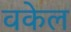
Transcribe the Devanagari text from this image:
वकेल